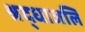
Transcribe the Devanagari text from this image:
श्रद्धाजलि